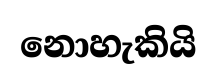
නොහැකියි